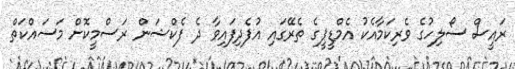
ރައީސް ސޯލިހުގެ ވެރިކަމާއެކު އެމްޑީޕީގެ ތެރޭގައި އުފެދިފައިވާ ދެ ފެކްޝަން ރަސްމީކޮށް މަސައްކަތް